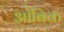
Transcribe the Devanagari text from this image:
ओबिक